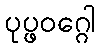
ပုပ္ဖဝဂ္ဂေါ